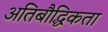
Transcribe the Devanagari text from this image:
अतिबौद्धिकता